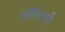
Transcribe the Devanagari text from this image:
कॊकणी